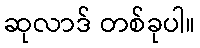
ဆုလာဒ် တစ်ခုပါ။